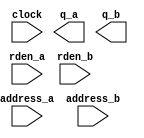
module jump_ram (
	address_a,
	address_b,
	clock,
	rden_a,
	rden_b,
	q_a,
	q_b);
	input	[4:0]  address_a;
	input	[4:0]  address_b;
	input	  clock;
	input	  rden_a;
	input	  rden_b;
	output	[15:0]  q_a;
	output	[15:0]  q_b;
`ifndef ALTERA_RESERVED_QIS
// synopsys translate_off
`endif
	tri1	  clock;
	tri1	  rden_a;
	tri1	  rden_b;
`ifndef ALTERA_RESERVED_QIS
// synopsys translate_on
`endif
endmodule